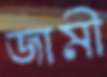
জামী